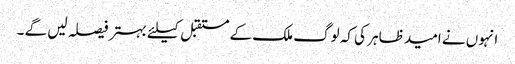
انہوں نے امید ظاہر کی کہ لوگ ملک کے مستقبل کیلئے بہتر فیصلہ لیں گے ۔